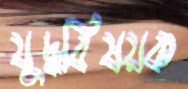
যুদ্ধবিষয়ক